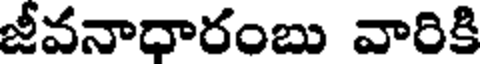
జీవనాధారంబు వారికి